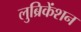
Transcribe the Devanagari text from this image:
लुब्रिकेंशन